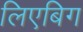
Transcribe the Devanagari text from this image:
लिएबिग